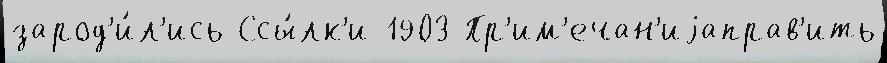
зарод'и́л'ись Ссы́лк'и 1903 Пр'им'ечан'иjаправ'ить